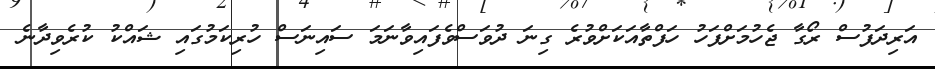
އަރިދަފުސް ރޯގާ ޖެހުމަށްފަހު ހަފްތާއަކަށްވުރެ ގިނަ ދުވަސްވެފައިވާނަމަ ސައިނަސް ހުރިކަމުގައި ޝައްކު ކުރެވިދާނެ